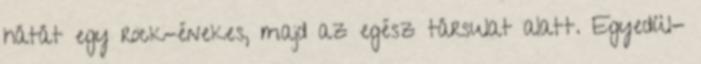
hátát egy rock-énekes, majd az egész társulat alatt. Egyedül-